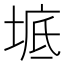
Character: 𡍓